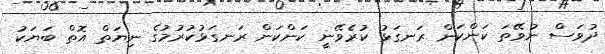
ދުވަސް ނުވޭތަ ކަންކަން ރަނގަޅު ކުރެވޭނީ ކަންކަން ރަނގަޅުކުރުމުގެ ނިޔަތް އޮތް ބަޔަކު